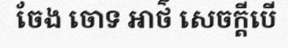
ចែង ចោទ អាថ៌ សេចក្តីបើ